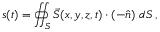
s ( t ) = \oiint _ { S } \vec { S } ( x , y , z , t ) \cdot ( - \hat { n } ) \ d S \, ,